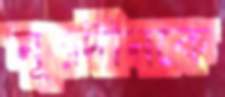
নূরদীনকে